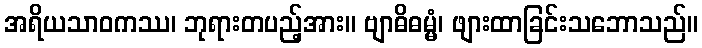
အရိယသာဝကဿ၊ ဘုရားတပည့်အား။ ဗျာဓိဓမ္မံ၊ ဖျားထာခြင်းသဘောသည်။